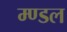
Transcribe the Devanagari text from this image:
म्ण्डल